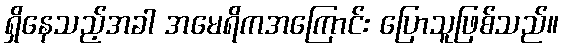
ရှိနေသည့်အခါ အမေရိကအကြောင်း ပြောသူဖြစ်သည်။